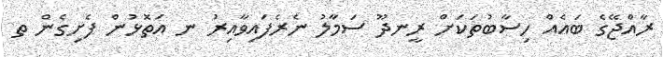
ރާއްޖޭގެ ބައެއް ހިސާބުތަކަށް ރީނދޫ ސަމާލު ނެރެފައިވާއިރު ނ އަތޮޅުން ފެށިގެން ތ